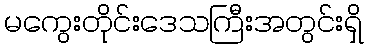
မကွေးတိုင်းဒေသကြီးအတွင်းရှိ